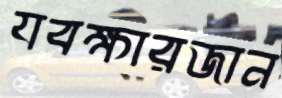
যবক্ষারজান